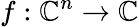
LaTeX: f:\mathbb{C}^{n}\to\mathbb{C}